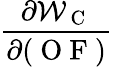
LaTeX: \frac{\partial\mathcal{W}_{\mathrm{~C~}}}{\partial(\mathrm{~O~F~})}